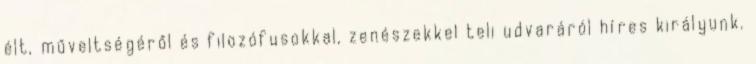
élt, műveltségéről és filozófusokkal, zenészekkel teli udvaráról híres királyunk.